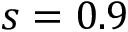
s = 0 . 9